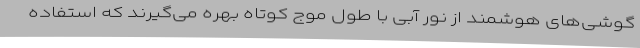
گوشی‌های هوشمند از نور آبی با طول موج کوتاه بهره می‌گیرند که استفاده